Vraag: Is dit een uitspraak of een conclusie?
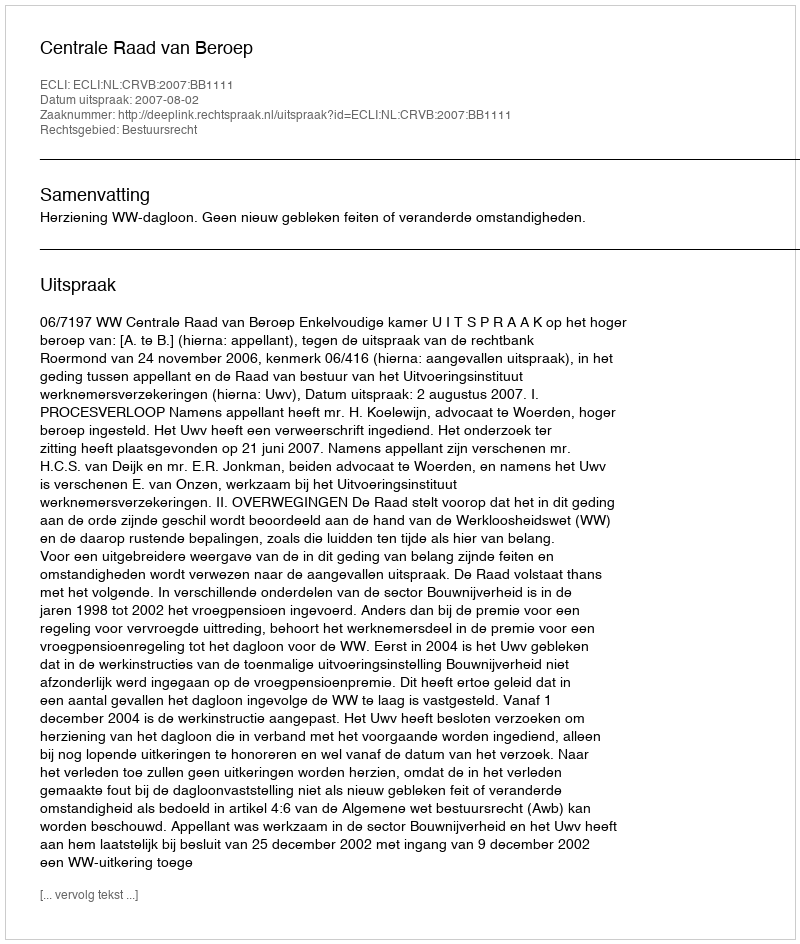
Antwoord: Uitspraak